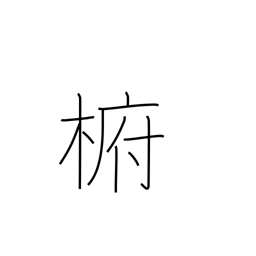
Meaning: type of evergreen camphor tree